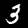
Digit: 3